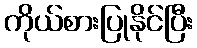
ကိုယ်စားပြုနိုင်ပြီး